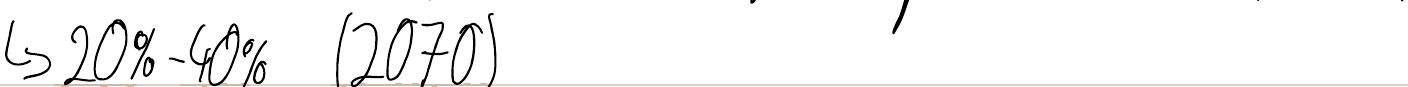
-> 20%-40% (2070)